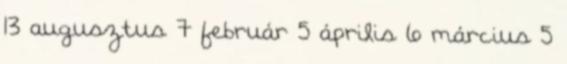
13 augusztus 7 február 5 április 6 március 5